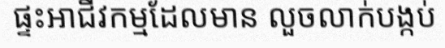
ផ្ទះអាជីវកម្មដែលមាន លួចលាក់បង្កប់